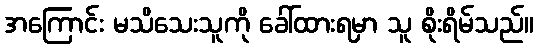
အကြောင်း မသိသေးသူကို ခေါ်ထားရမှာ သူ စိုးရိမ်သည်။